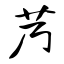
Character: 艿